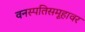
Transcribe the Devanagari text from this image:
वनस्पतिसमूहावर